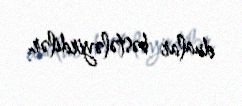
dualar bəstələyirdilər.